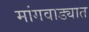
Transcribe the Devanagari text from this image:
मांगवाड्यात